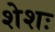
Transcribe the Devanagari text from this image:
शेशः